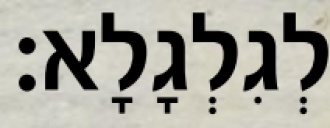
לְגִלְגָלָא׃